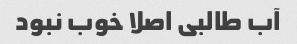
آب طالبی اصلا خوب نبود